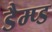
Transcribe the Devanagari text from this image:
डैम्प्ड